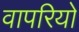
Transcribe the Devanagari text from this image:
वापरियो